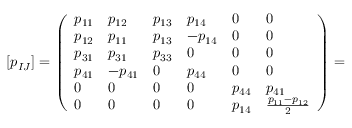
\left[ p _ { I J } \right] = \left( \begin{array} { l l l l l l } { p _ { 1 1 } } & { p _ { 1 2 } } & { p _ { 1 3 } } & { p _ { 1 4 } } & { 0 } & { 0 } \\ { p _ { 1 2 } } & { p _ { 1 1 } } & { p _ { 1 3 } } & { - p _ { 1 4 } } & { 0 } & { 0 } \\ { p _ { 3 1 } } & { p _ { 3 1 } } & { p _ { 3 3 } } & { 0 } & { 0 } & { 0 } \\ { p _ { 4 1 } } & { - p _ { 4 1 } } & { 0 } & { p _ { 4 4 } } & { 0 } & { 0 } \\ { 0 } & { 0 } & { 0 } & { 0 } & { p _ { 4 4 } } & { p _ { 4 1 } } \\ { 0 } & { 0 } & { 0 } & { 0 } & { p _ { 1 4 } } & { \frac { p _ { 1 1 } - p _ { 1 2 } } { 2 } } \end{array} \right) =